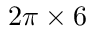
2 \pi \times 6